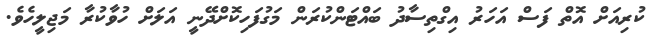
ކުރިއަށް އޮތް ފަސް އަހަރު އިގްތިސާދު ބައްޓަންކުރަން މަގުފަހިކޮށްދޭނީ އަލަށް ހުވާކުރާ މަޖިލީހެވެ.